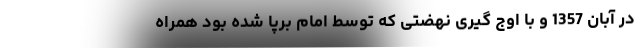
در آبان 1357 و با اوج گیری نهضتی که توسط امام برپا شده بود همراه